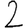
Digit: 2